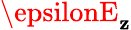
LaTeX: \epsilonE_{\mathbf{z}}